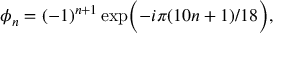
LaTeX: \phi _ { n } = ( - 1 ) ^ { n + 1 } \exp \Bigl ( - i \pi ( 1 0 n + 1 ) / 1 8 \Bigr ) ,